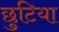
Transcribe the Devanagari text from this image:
छुटिया